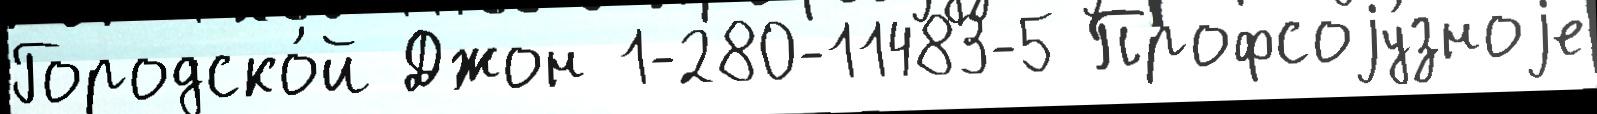
Городско́й Джон 1-280-11483-5 Профсоjу́зноjе